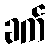
ခက်